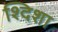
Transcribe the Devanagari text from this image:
श्दिशा